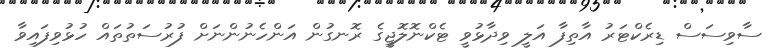
ސާވިސަސް ޑިރެކްޓަރު އާތިފާ އަލީ ވިދާޅުވީ ޓެކްނޮލޮޖީގެ ރޮނގުން އަންހެނުންނަށް ފުރުސަތުތައް ހުޅުވިފައިވާ